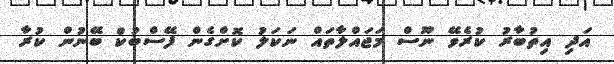
އަދި އިތުބާރު ކުރެވޭ ނޫސް މަޖައްލާތައް ނަކަލު ކޮށްގެން ފޭސްބުކް ބޭނުން ކުރާ